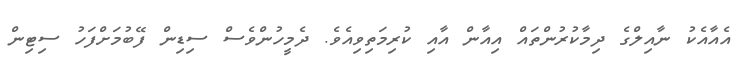
އެއާއެކު ނާއިލްގެ ދިމާކުރުންތައް އިއާން އާއި ކުރިމަތިވިއެވެ. ދެމީހުންވެސް ސިޑިން ފޭބުމަށްފަހު ސިޓިން